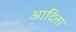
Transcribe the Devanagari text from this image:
आदित्ता